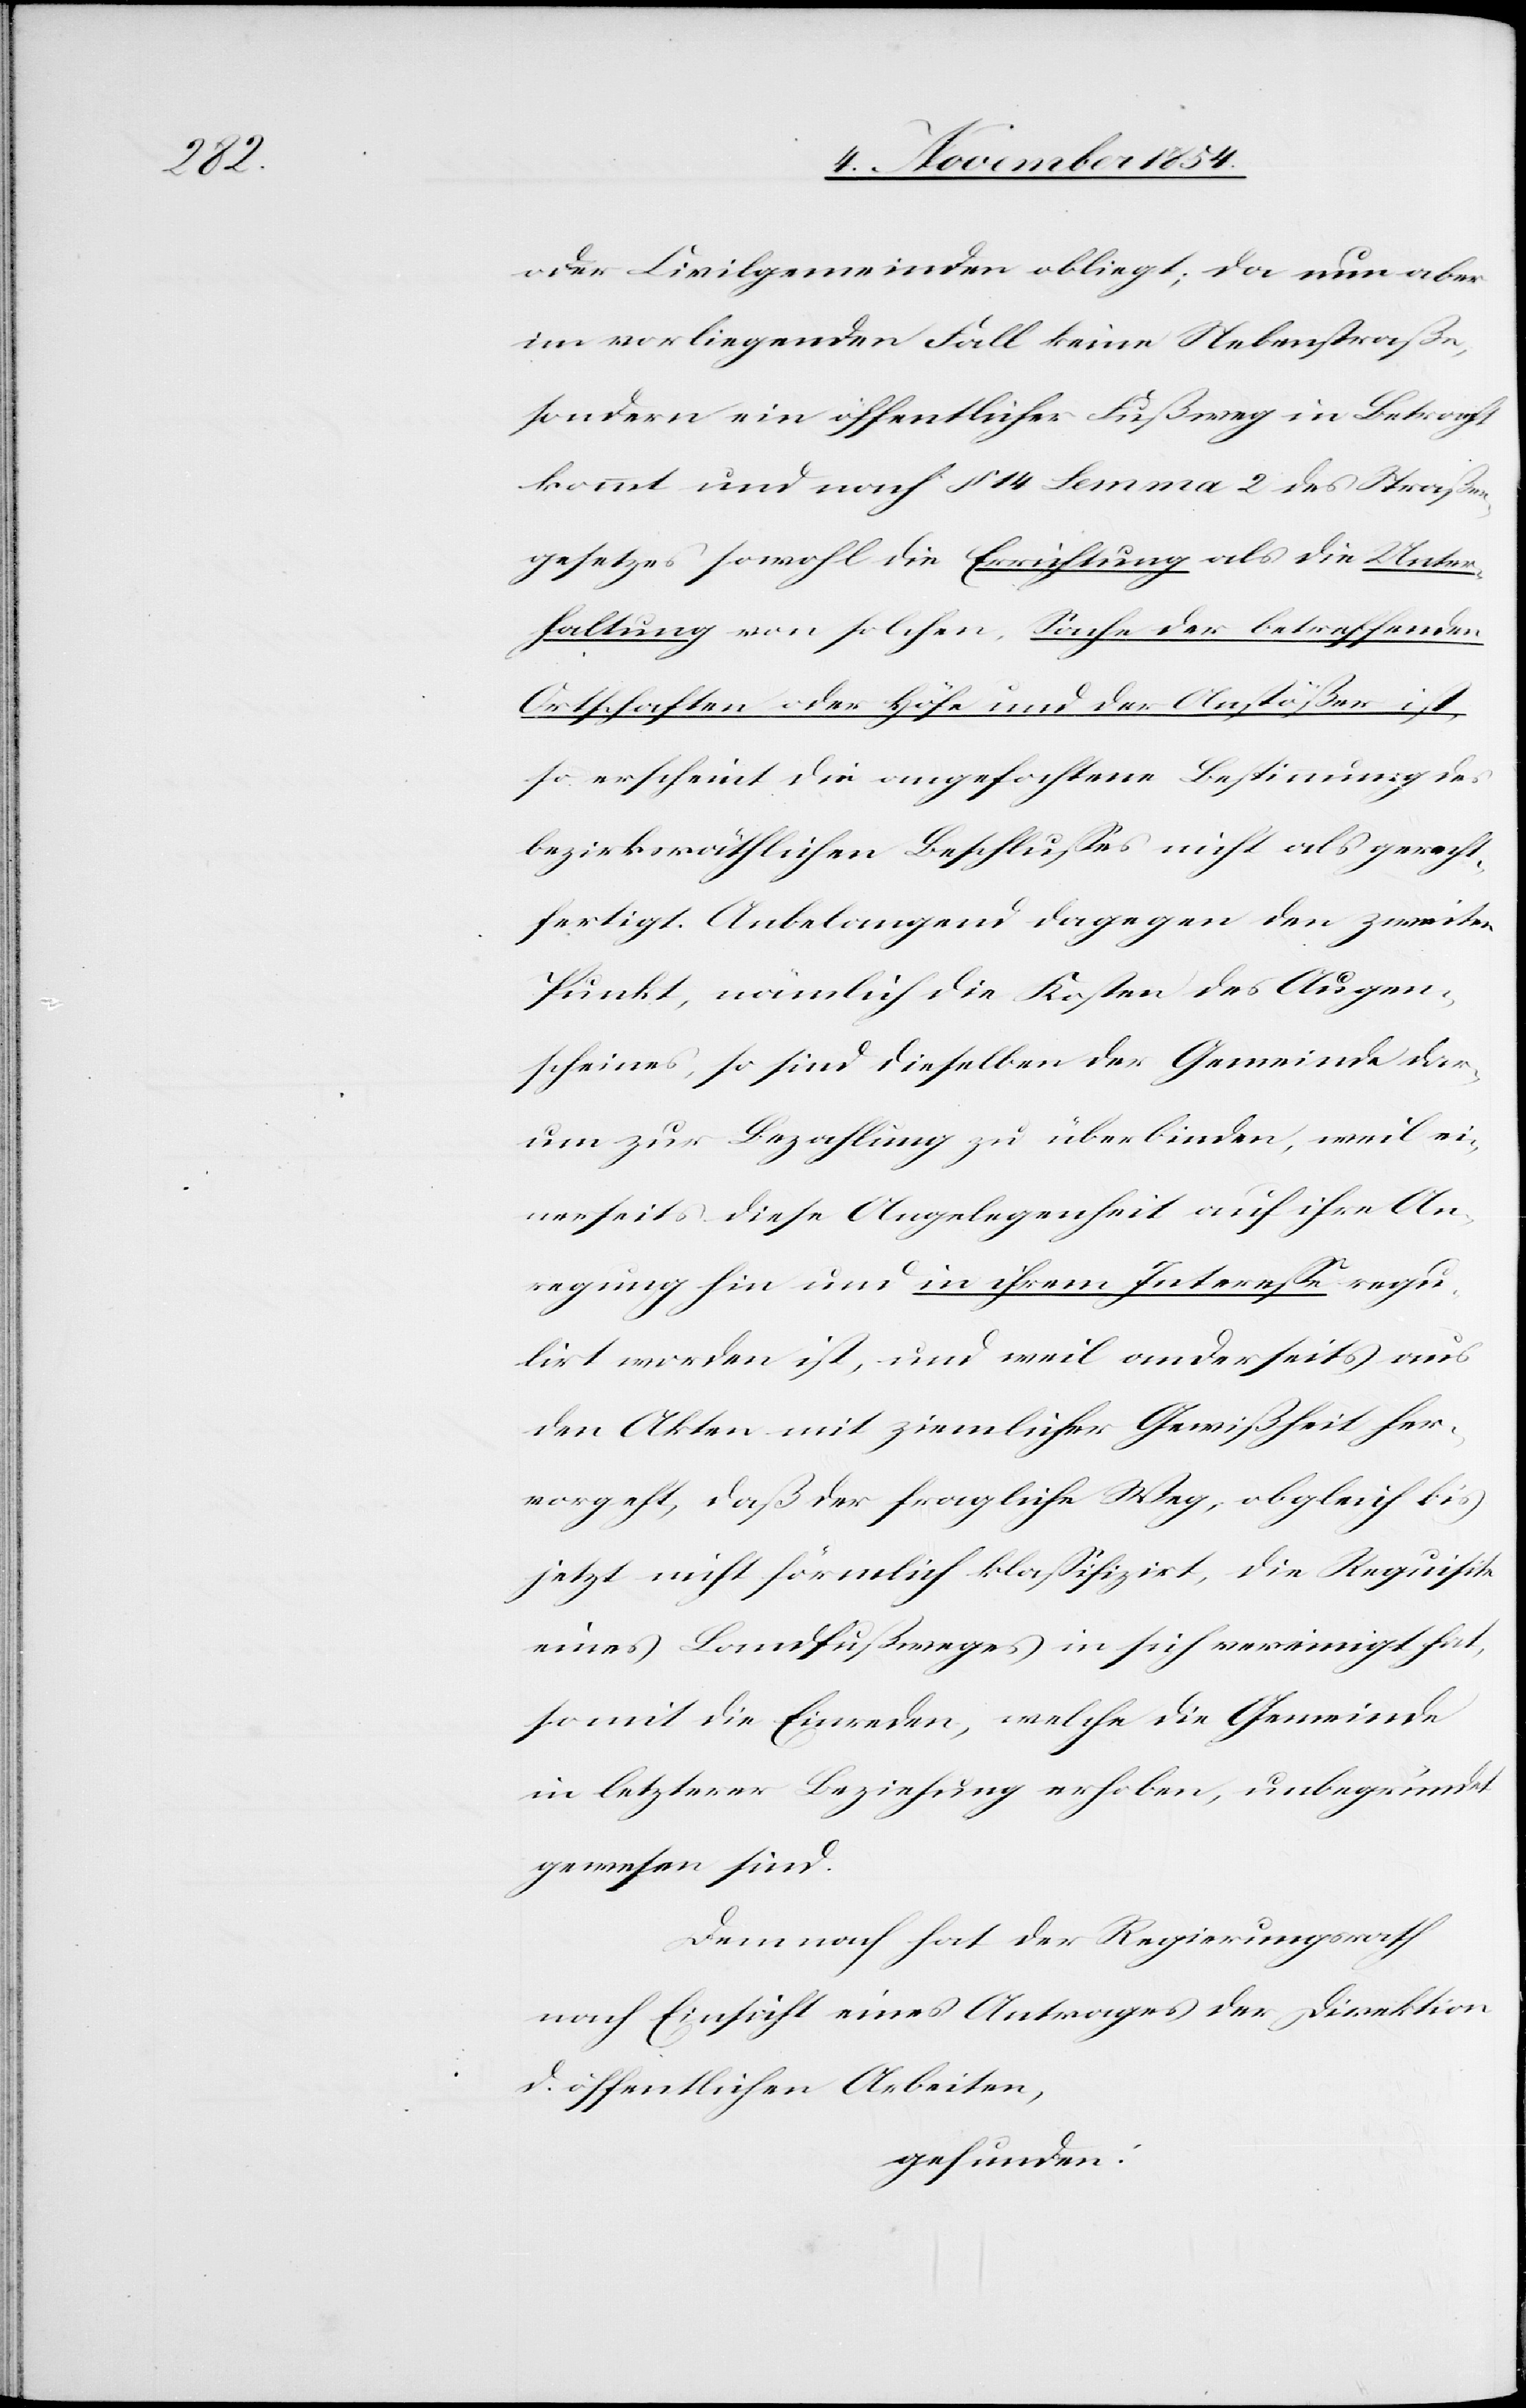
det

oder Civilgemeinden obliegt; da nun aber
im vorliegenden Fall keine Nebenstraße,
sondern ein öffentlicher Fußweg in Betracht
kommt und nach § 14 Lemma 2 des Straßen¬
gesetzes sowohl die Errichtung als die Unter¬
haltung von solchen, Sache der betreffenden
Ortschaften oder Höfe und der Anstößer ist,
so erscheint die angefochtene Bestimmung des
bezirksräthlichen Beschlußes nicht als gerecht¬
fertigt. Anbelangend dagegen den zweiten
Punkt, nämlich die Kosten des Augen¬
scheines, so sind dieselben der Gemeinde dar¬
um zur Bezahlung zu überbinden, weil ei¬
nerseits diese Angelegenheit auf ihre An¬
regung hin und in ihrem Intereße regu¬
lirt worden ist, und weil anderseits aus
den Akten mit ziemlicher Gewißheit her¬
vorgeht, daß der fragliche Weg; obgleich bis
jetzt nicht förmlich klaßifizirt, die Requisite
eines Landfußweges in sich vereinigt hat,
somit die Einreden, welche die Gemeinde
in letzterer Beziehung erhoben, unbegrün¬
gewesen sind.
Demnach hat der Regierungsrath
nach Einsicht eines Antrages der Direktion
der öffentlichen Arbeiten,
gefunden: